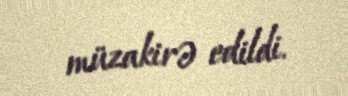
müzakirə edildi.